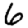
Digit: 6